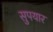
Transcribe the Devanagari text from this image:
सुपयार